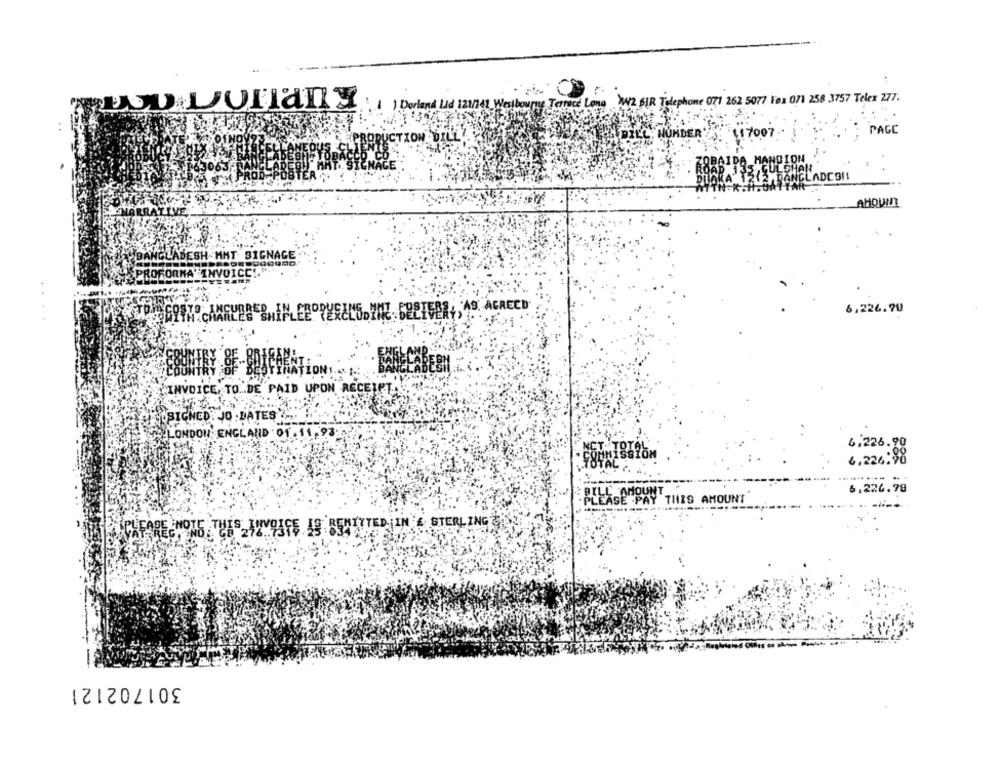
Terrace Long W/2 SIR Telephone 071 262 5077 Fox 071 258 3757 Telex 277.
THE LUFIan Derland Lid 121/14
PAGE
117007
TRON BILLY
A MANSION
ULSHAN
2,BANGLADESH!
AHOUI
LARRALIVE.
ESH MMT SIGNAGE
..
FLARE SHIMLEE ORWEEL'S. THE DELIVERY , 19. AGRECD
6,226.70
..
INVOICE, TO ... DE PAID UPON RECEIPT ..
OSIGNED: JO .BATES Z
LONDON, ENGLAND 01 . 11.93.
6.226.90
6.226.98
6,226.79
BILLcenBRY THIS AMOUNT
CHFARE HOME. THIS TOYOJGS IS BEHITTER IN A STERLING
301702121